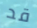
قد